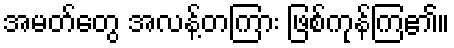
အမတ်တွေ အလန့်တကြား ဖြစ်ကုန်ကြ၏။